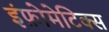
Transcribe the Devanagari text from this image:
इंफ़ोमेटिक्स